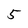
Character: 5